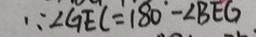
\because \angle G E C = 1 8 0 ^ { \circ } - \angle B E G